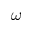
\omega